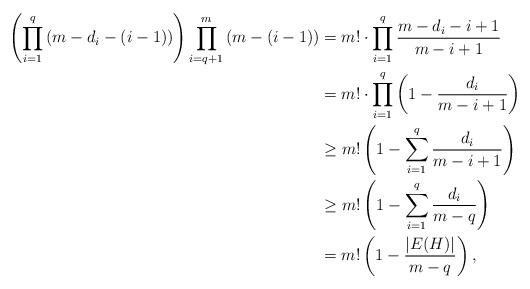
LaTeX: \begin{align*} \left(\prod_{i=1}^q \left(m-d_i-(i-1)\right)\right) \prod_{i=q+1}^m \left(m-(i-1)\right)&=m!\cdot \prod_{i=1}^q \frac{m-d_i-i+1}{m-i+1}\\&=m! \cdot \prod_{i=1}^q \left(1-\frac{d_i}{m-i+1}\right)\\&\geq m! \left(1- \sum_{i=1}^q \frac{d_i}{m-i+1}\right)\\&\geq m! \left(1- \sum_{i=1}^q \frac{d_i}{m-q}\right)\\&= m! \left(1-\frac{|E(H)|}{m-q}\right),\end{align*}